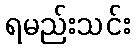
ရမည်းသင်း